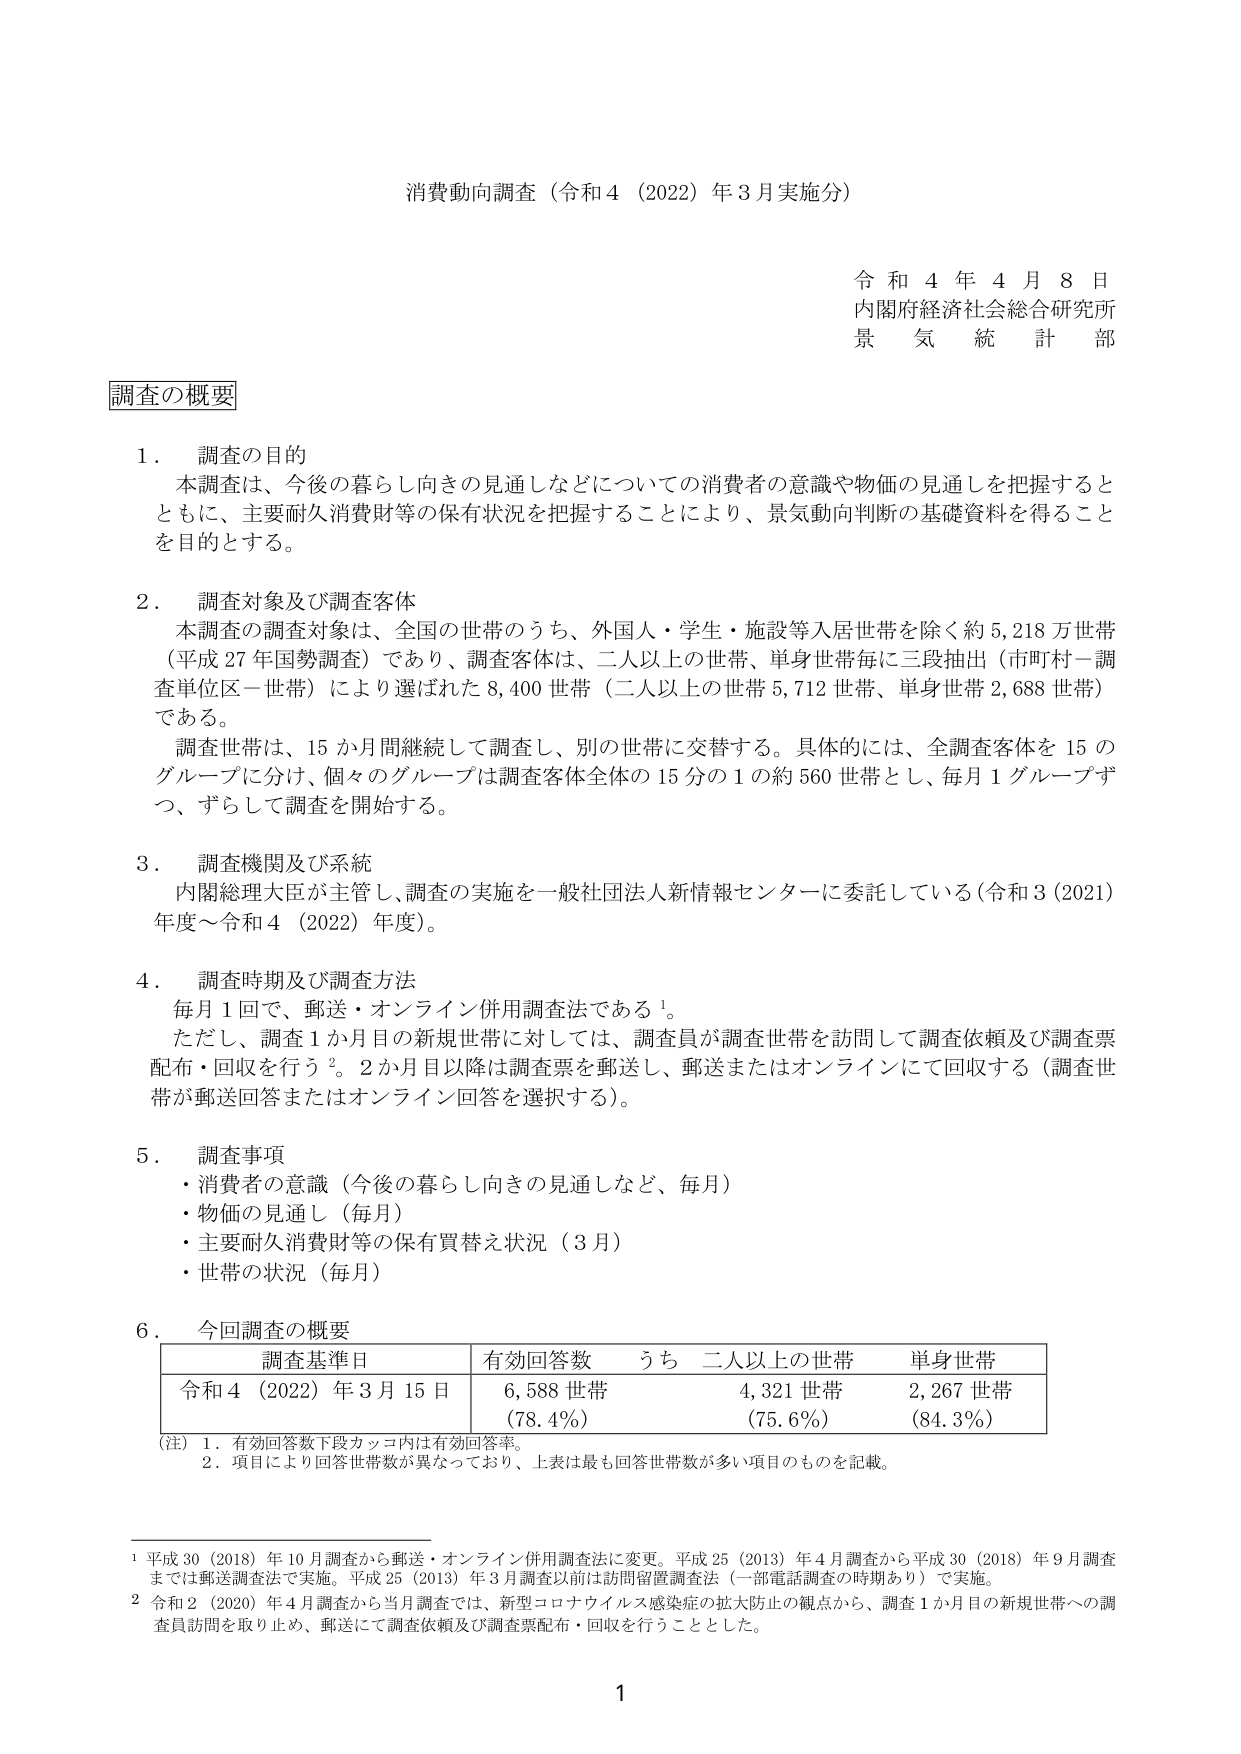
消費動向調査（令和4（2022）年3月実施分）

令和4年4月8日
内閣府経済社会総合研究所
景気統計部

調査の概要

1．調査の目的
本調査は、今後の暮らし向きの見通しなどについての消費者の意識や物価の見通しを把握するとともに、主要耐久消費財等の保有状況を把握することにより、景気動向判断の基礎資料を得ることを目的とする。

2．調査対象及び調査客体
本調査の調査対象は、全国の世帯のうち、外国人・学生・施設等入居世帯を除く約5,218万世帯（平成27年国勢調査）であり、調査客体は、二人以上の世帯、単身世帯毎に三段抽出（市町村－調査単位区－世帯）により選ばれた8,400世帯（二人以上の世帯5,712世帯、単身世帯2,688世帯）である。
調査世帯は、15か月間継続して調査し、別の世帯に交替する。具体的には、全調査客体を15のグループに分け、個々のグループは調査客体全体の15分の1の約560世帯とし、毎月1グループずつ、ずらして調査を開始する。

3．調査機関及び系統
内閣総理大臣が主管し、調査の実施を一般社団法人新情報センターに委託している（令和3（2021）年度～令和4（2022）年度）。

4．調査時期及び調査方法
毎月1回で、郵送・オンライン併用調査法である¹。
ただし、調査1か月目の新規世帯に対しては、調査員が調査世帯を訪問して調査依頼及び調査票配布・回収を行う²。2か月目以降は調査票を郵送し、郵送またはオンラインにて回収する（調査世帯が郵送回答またはオンライン回答を選択する）。

5．調査事項
・消費者の意識（今後の暮らし向きの見通しなど、毎月）
・物価の見通し（毎月）
・主要耐久消費財等の保有買替え状況（3月）
・世帯の状況（毎月）

6．今回調査の概要
| 調査基準日 | 有効回答数 | うち 二人以上の世帯 | 単身世帯 |
|------------|------------|---------------------|----------|
| 令和4（2022）年3月15日 | 6,588世帯（78.4%） | 4,321世帯（75.6%） | 2,267世帯（84.3%） |

（注）1．有効回答数下段カッコ内は有効回答率。
　　2．項目により回答世帯数が異なっており、上表は最も回答世帯数が多い項目のものを記載。

¹ 平成30（2018）年10月調査から郵送・オンライン併用調査法に変更。平成25（2013）年4月調査から平成30（2018）年9月調査までは郵送調査法で実施。平成25（2013）年3月調査以前は訪問留置調査法（一部電話調査の時期あり）で実施。
² 令和2（2020）年4月調査から当月調査では、新型コロナウイルス感染症の拡大防止の観点から、調査1か月目の新規世帯への調査員訪問を取り止め、郵送にて調査依頼及び調査票配布・回収を行うこととした。

1